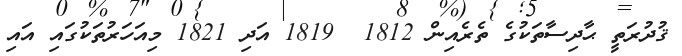
ޤުދުރަތީ ޙާދިސާތަކުގެ ތެރެއިން 1812  1819 އަދި 1821 މިއަހަރުތަކުގައި އައި